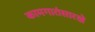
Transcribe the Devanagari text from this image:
कामगारांसारखे